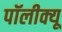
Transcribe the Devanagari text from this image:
पॉलीक्यू